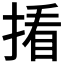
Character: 𪮑